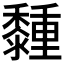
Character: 𪐈